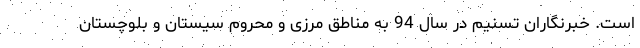
است. خبرنگاران تسنیم در سال 94 به مناطق مرزی و محروم سیستان و بلوچستان